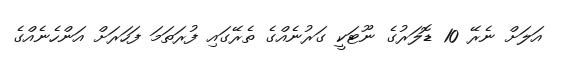
އަލަށް ނެރޭ 10 ޑޮލަރުގެ ނޫޓަކީ ގަރުނެއްގެ ތެރޭގައި ފުރަތަމަ ފަހަރަށް އަންހެނެއްގެ